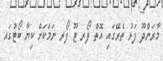
މާރަންދޫ ފަޅު ތެރޭގައި އޮތް ފޯރ ޓޫ ފޯރ ނަމަކަށް ކިޔާ ބޯޓުގައ